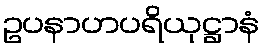
ဥပနာဟပရိယုဋ္ဌာနံ